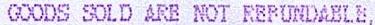
GOODS SOLD ARE NOT REFUNDABLE,